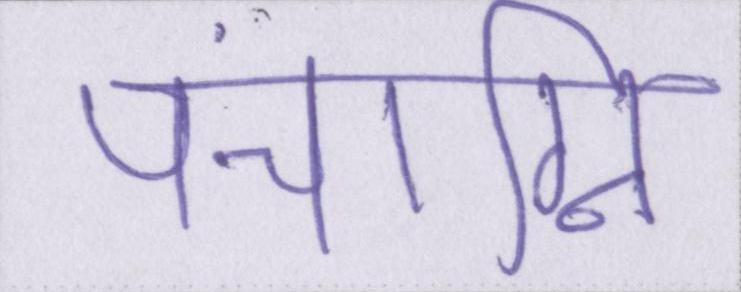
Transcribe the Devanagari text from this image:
पंचाग्नि